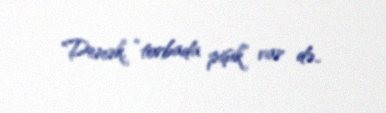
Demək, “torbada pişik” var də..